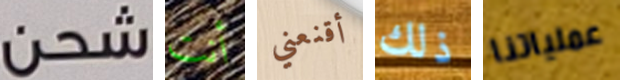
شحن أنت أقنعني ذلك عملياتنا